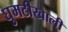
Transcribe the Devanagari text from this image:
घुमटीखाली